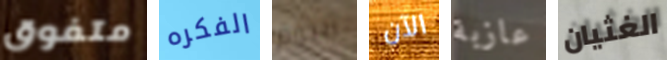
متفوق الفكره اليوم الآن عازبة الغثيان